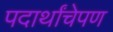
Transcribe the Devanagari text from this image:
पदार्थांचेपण